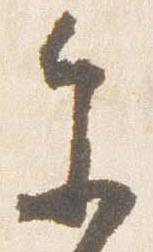
参